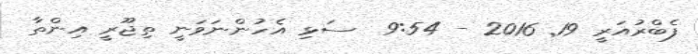
ފެބްރުއަރީ 19